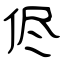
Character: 侭